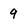
Character: 9